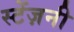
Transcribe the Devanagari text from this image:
स्टेंज़नी